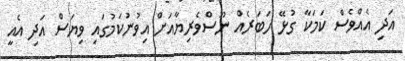
އަދި އެއްވެސް ކަމަކާ ގުޅޭ ހަބަރެއް ނޫސްވެރިޔާއަށް އިވުނުކަމުގައި ވިޔަސް އަދި އެއީ